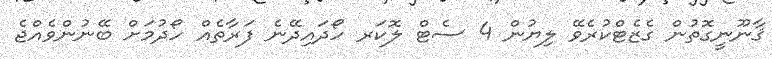
ޤާނޫނީގޮތުން ގެޒެޓްކުރެވޭ ލިޔުން 4 ސެޓް ލޮކަރ ހޯދައިދޭނެ ފަރާތެއް ހޯދުމަށް ބޭނުންވެއްޖެ